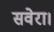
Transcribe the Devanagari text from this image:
सवेरा।